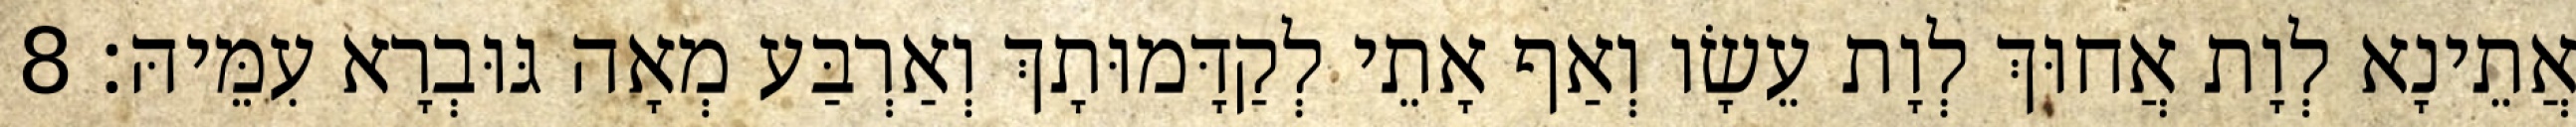
אֲתֵינָא לְוָת אֲחוּךְ לְוָת עֵשָׂו וְאַף אָתֵי לְקַדָּמוּתָךְ וְאַרְבַּע מְאָה גּוּבְרָא עִמֵּיהּ׃ 8